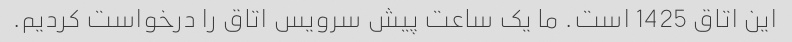
این اتاق 1425 است. ما یک ساعت پیش سرویس اتاق را درخواست کردیم.